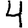
Digit: 4